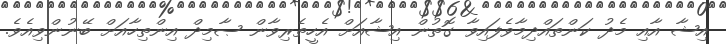
އިޝާ އާއި މެދު ކަންތައްދިމާވެފައިވާ ގޮތުން އިޝާއަށް އެހީތެރިވާން ޞާމިދް އިންތިހާއަށް ބޭނުންވިއެވެ.